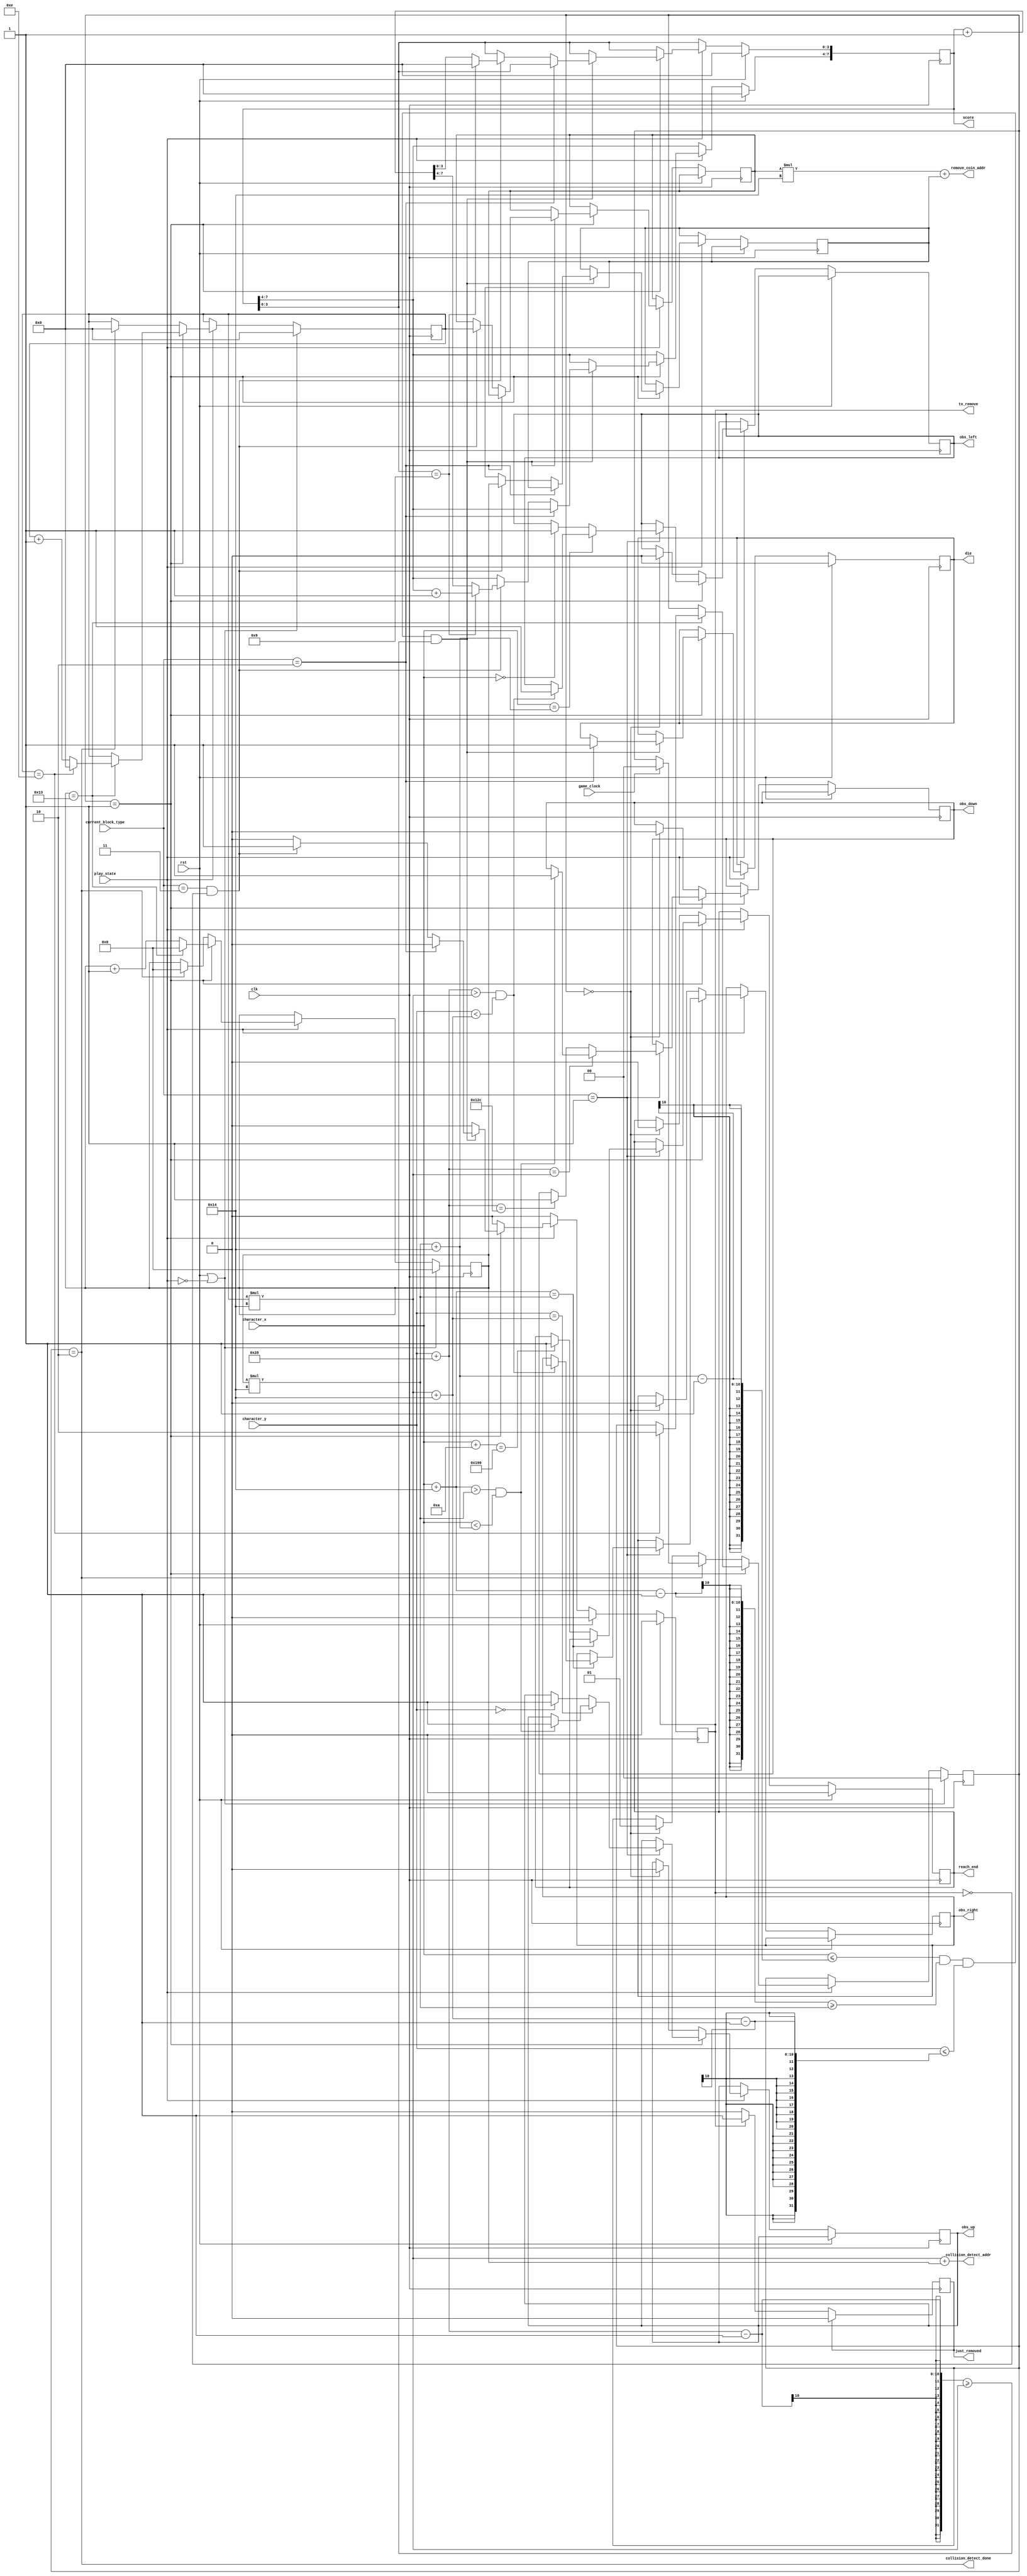
//tkzsszlelo modul
module collision_detector (
	input clk,
	input rst,
	input game_clock,
	input [1:0] current_block_type, //Mit olvasunk a kiadott helyen
	input play_state, //JTK llapot van-e
	input [8:0] character_x,
	input [8:0] character_y,
	output [8:0] collision_detect_addr, //Jelenleg hol vizsglunk objektumot
	output [8:0] remove_coin_addr, //Melyik rmt kell trlni
	output reg reach_end = 0, //Elrtk-e a plya vgt
	output reg to_remove = 0, //Kell-e rmt trlni
	output reg just_removed = 0,
	output reg obs_up, //Jelzik, hogy vannak-e mellettnk BLOCK-ok
	output reg obs_right,
	output reg obs_down,
	output reg obs_left,
	output reg die = 0, //Meghalst jelzo
	output reg [7:0] score = 0, //Pontszm
	output collision_detect_done //szlels vgt jelzi
	);

	localparam BACKGROUND = 0;
	localparam BLOCK = 1;
	localparam CACTUS = 2;
	localparam COIN = 3;

	localparam SCENE_BLOCK_WIDTH = 20;
	localparam SCENE_BLOCK_HEIGHT = 15;

	localparam SCENE_WIDTH = 400;
	localparam SCENE_HEIGHT = 300;

	localparam BLOCK_WIDTH = 20;
	localparam BLOCK_HEIGHT = 20;

	localparam CHARACTER_WIDTH = BLOCK_WIDTH;
	localparam CHARACTER_HEIGHT = 2 * BLOCK_HEIGHT;

	//Ezekkel megynk vgig a plyn
	reg [4:0] scene_counter_x = 0; //SCENE_BLOCK_WIDTH-ig szamol
	reg [3:0] scene_counter_y = 0; //SCENE_BLOCK_HEIGHT-ig szamol
	
	wire [8:0] collision_block_x;
	wire [8:0] collision_block_y;
	
	assign collision_block_x = scene_counter_x * BLOCK_WIDTH;
	assign collision_block_y = scene_counter_y * BLOCK_HEIGHT;

	reg [4:0] removable_coin_x;
	reg [3:0] removable_coin_y;

	//3 llapot tkzsszlels
	localparam collision_init = 0;
	localparam collision_do = 1;
	localparam collision_stop = 2;

	reg [1:0] collision_state = collision_init;
	
	assign collision_detect_done = (collision_state == collision_stop);

	assign remove_coin_addr = removable_coin_y * SCENE_BLOCK_WIDTH + removable_coin_x;

	assign collision_detect_addr = scene_counter_y * SCENE_BLOCK_WIDTH + scene_counter_x;

	//Szmllkkal vgigmegynk az sszes pozcin
	always @ (posedge clk) begin
		if (rst | !play_state) begin
			scene_counter_x <= 0;
			scene_counter_y <= 0;
			collision_state <= collision_init;
		end
		else if(play_state) begin
			if(collision_state == collision_do) begin
				if(scene_counter_x == SCENE_BLOCK_WIDTH - 1) begin
					scene_counter_x <= 0;
					if(scene_counter_y == SCENE_BLOCK_HEIGHT - 1) begin
						scene_counter_y <= 0;
						collision_state <= collision_stop;
					end
					else
						scene_counter_y <= scene_counter_y + 1'b1;
				end
				else begin
					scene_counter_x <= scene_counter_x + 1'b1;
				end
			end

			else if(collision_state == collision_stop) begin
				//Ha jel jtt elkezdjk jra az szlelst
				if(game_clock)
					collision_state <= collision_init;
				scene_counter_x <= 0;
				scene_counter_y <= 0;
			end
			else if(collision_state == collision_init)
				collision_state <= collision_do;
		end
	end


	always @ (posedge clk) begin
		if(rst) begin
			die <= 1'b0;
			reach_end <= 1'b0;
			score <= 8'b0;
			to_remove <= 1'b0;
			just_removed <= 1'b0;
		end
		else if(play_state) begin
			if(collision_state == collision_do) begin
				if(current_block_type == BLOCK) begin
					//UP
					if(character_y == collision_block_y + BLOCK_HEIGHT) begin
						if(character_x + CHARACTER_WIDTH > collision_block_x & character_x < collision_block_x + BLOCK_WIDTH)
							obs_up <= 1;
					end
					else if(character_y == 0)
						obs_up <= 1;
					//END UP

					//RIGHT
					if(character_x + CHARACTER_WIDTH == collision_block_x ) begin
						if(character_y + CHARACTER_HEIGHT > collision_block_y & character_y < collision_block_y + BLOCK_HEIGHT)
							obs_right <= 1;
					end
					else if(character_x + CHARACTER_WIDTH / 2 == SCENE_WIDTH) begin
						reach_end <= 1;
					end
					//END RIGHT

					//DOWN
					if(character_y + CHARACTER_HEIGHT == collision_block_y) begin
						if(character_x + CHARACTER_WIDTH > collision_block_x & character_x < collision_block_x + BLOCK_WIDTH)
							obs_down <= 1;
					end
					else if(character_y + CHARACTER_HEIGHT == SCENE_HEIGHT)
						obs_down <= 1;
					//END DOWN

					//LEFT
					if(character_x == collision_block_x + BLOCK_WIDTH) begin
						if(character_y + CHARACTER_HEIGHT > collision_block_y & character_y < collision_block_y + BLOCK_HEIGHT)
							obs_left <= 1;
					end
					else if(character_x == 0)
						obs_left <= 1;
					//END LEFT
				end //IF BLOCK
				//Ha benne vagyunk egy kaktuszban vagy rmben
				if(character_x <= collision_block_x + BLOCK_WIDTH - 1
					& character_x + CHARACTER_WIDTH - 1 >= collision_block_x
					& character_y <= collision_block_y + BLOCK_HEIGHT - 1
					& character_y + CHARACTER_HEIGHT - 1 >= collision_block_y) begin

					if(current_block_type == CACTUS) begin
						die <= 1;
					end
					//Ha rmben vagyunk akkor felvesszk azt
					else if(current_block_type == COIN & !to_remove) begin
						to_remove <= 1'b1;
						removable_coin_x <= scene_counter_x;
						removable_coin_y <= scene_counter_y;
						score <= score + 1'b1;
						if(score[3:0] == 4'b1001) begin
							score[3:0] <= 0;
							score[7:4] <= score[7:4] + 1'b1;
						end
					end
				end
			end
			else if(collision_state == collision_init) begin
				obs_up <= 0;
				obs_right <= 0;
				obs_down <= 0;
				obs_left <= 0;
				reach_end <= 0;
			end
		end
		//2 rajelig trljk ha vettnk fel rmt
		if(to_remove) begin
			to_remove <= 0;
			just_removed <= 1;
		end
		if(just_removed)
			just_removed <= 0;
	end

endmodule // collision_detector